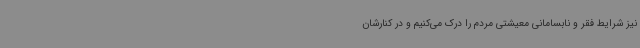
نیز شرایط فقر و نابسامانی معیشتی مردم را درک می‌کنیم و در کنارشان